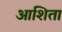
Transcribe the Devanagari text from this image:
आशिता